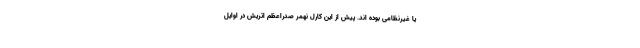
یا غیرنظامی بوده اند. پیش از این کارل نهمر صدراعظم اتریش در اوایل